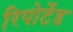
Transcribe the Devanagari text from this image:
रिपोर्टेड